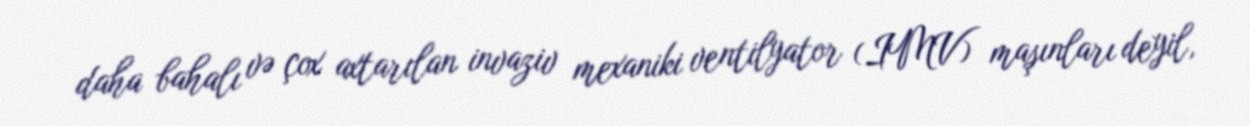
daha bahalı və çox axtarılan invaziv mexaniki ventilyator (IMV) maşınları deyil,